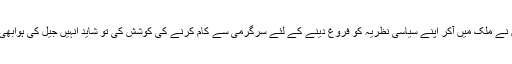
اور اگر انہوں نے ملک میں آکر اپنے سیاسی نظریہ کو فروغ دینے کے لئے سرگرمی سے کام کرنے کی کوشش کی تو شاید انہیں جیل کی ہوابھی کھانی پڑے۔